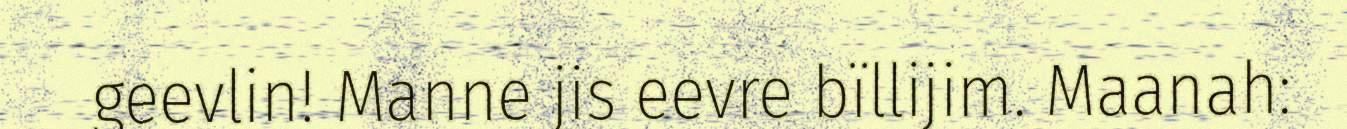
geevlin! Manne jis eevre bïllijim. Maanah: